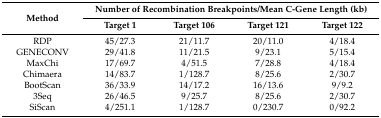
<table><thead><tr><td rowspan="2"><b>Method</b></td><td colspan="4"><b>Number of Recombination Breakpoints/Mean C-Gene Length (kb)</b></td></tr><tr><td><b>Target 1</b></td><td><b>Target 106</b></td><td><b>Target 121</b></td><td><b>Target 122</b></td></tr></thead><tbody><tr><td>RDP</td><td>45/27.3</td><td>21/11.7</td><td>20/11.0</td><td>4/18.4</td></tr><tr><td>GENECONV</td><td>29/41.8</td><td>11/21.5</td><td>9/23.1</td><td>5/15.4</td></tr><tr><td>MaxChi</td><td>17/69.7</td><td>4/51.5</td><td>7/28.8</td><td>4/18.4</td></tr><tr><td>Chimaera</td><td>14/83.7</td><td>1/128.7</td><td>8/25.6</td><td>2/30.7</td></tr><tr><td>BootScan</td><td>36/33.9</td><td>14/17.2</td><td>16/13.6</td><td>9/9.2</td></tr><tr><td>3Seq</td><td>26/46.5</td><td>9/25.7</td><td>8/25.6</td><td>2/30.7</td></tr><tr><td>SiScan</td><td>4/251.1</td><td>1/128.7</td><td>0/230.7</td><td>0/92.2</td></tr></tbody></table>